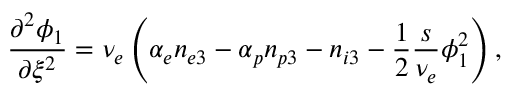
\frac { \partial ^ { 2 } \phi _ { 1 } } { \partial \xi ^ { 2 } } = \nu _ { e } \left( \alpha _ { e } n _ { e 3 } - \alpha _ { p } n _ { p 3 } - n _ { i 3 } - \frac { 1 } { 2 } \frac { s } { \nu _ { e } } \phi _ { 1 } ^ { 2 } \right) ,